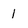
Character: 1